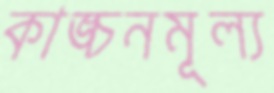
কাঙ্চনমূল্য